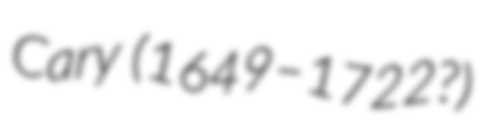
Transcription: Cary (1649–1722?)